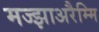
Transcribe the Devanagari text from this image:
मज्झाअरैम्मि